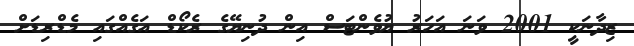
ޒިދާނަކީ 2001 ވަނަ އަހަރު ޔުވެންޓަސް އިން ދުނިޔޭގެ ރެކޯޑް އަގެއްގައި މެޑްރިޑަށް